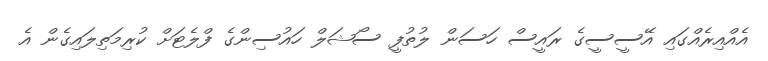
އެއްއިރެއްގައި އޭސީސީގެ ރައީސް ހަސަން ލުތުފީ ސޯޝަލް ހައުސިންގެ ފްލެޓަށް ކުރިމަތިލައިގެން އެ